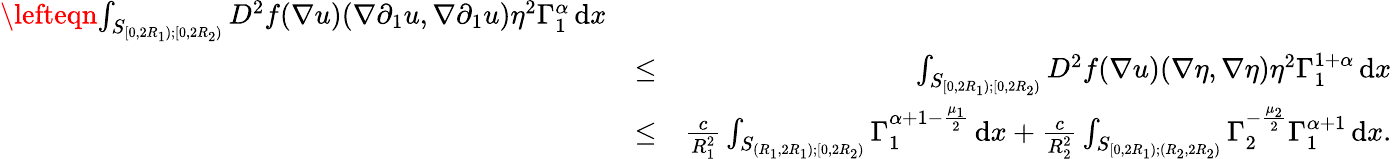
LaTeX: \begin{array}{rlr}{\lefteqn{\int_{S_{[0,2R_{1});[0,2R_{2})}}D^{2}f(\nabla u)(\nabla\partial_{1}u,\nabla\partial_{1}u)\eta^{2}\Gamma_{1}^{\alpha}\, \mathrm{d}x}}\\ &{\leq}&{\int_{S_{[0,2R_{1});[0,2R_{2})}}D^{2}f(\nabla u)(\nabla\eta,\nabla\eta)\eta^{2}\Gamma_{1}^{1+\alpha}\, \mathrm{d}x}\\ &{\leq}&{\frac{c}{R_{1}^{2}}\int_{S_{(R_{1},2R_{1});[0,2R_{2})}}\Gamma_{1}^{\alpha+1-\frac{\mu_{1}}{2}}\, \mathrm{d}x+\frac{c}{R_{2}^{2}}\int_{S_{[0,2R_{1});(R_{2},2R_{2})}}\Gamma_{2}^{-\frac{\mu_{2}}{2}}\Gamma_{1}^{\alpha+1}\, \mathrm{d}x.}\end{array}